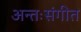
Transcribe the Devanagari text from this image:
अन्तःसंगीत